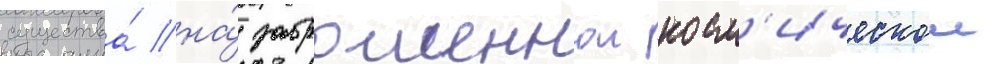
существа́ на́ заброшеннои косм'ическои